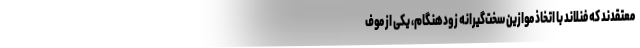
معتقدند که فنلاند با اتخاذ موازین سخت‌گیرانه زودهنگام، یکی از موف